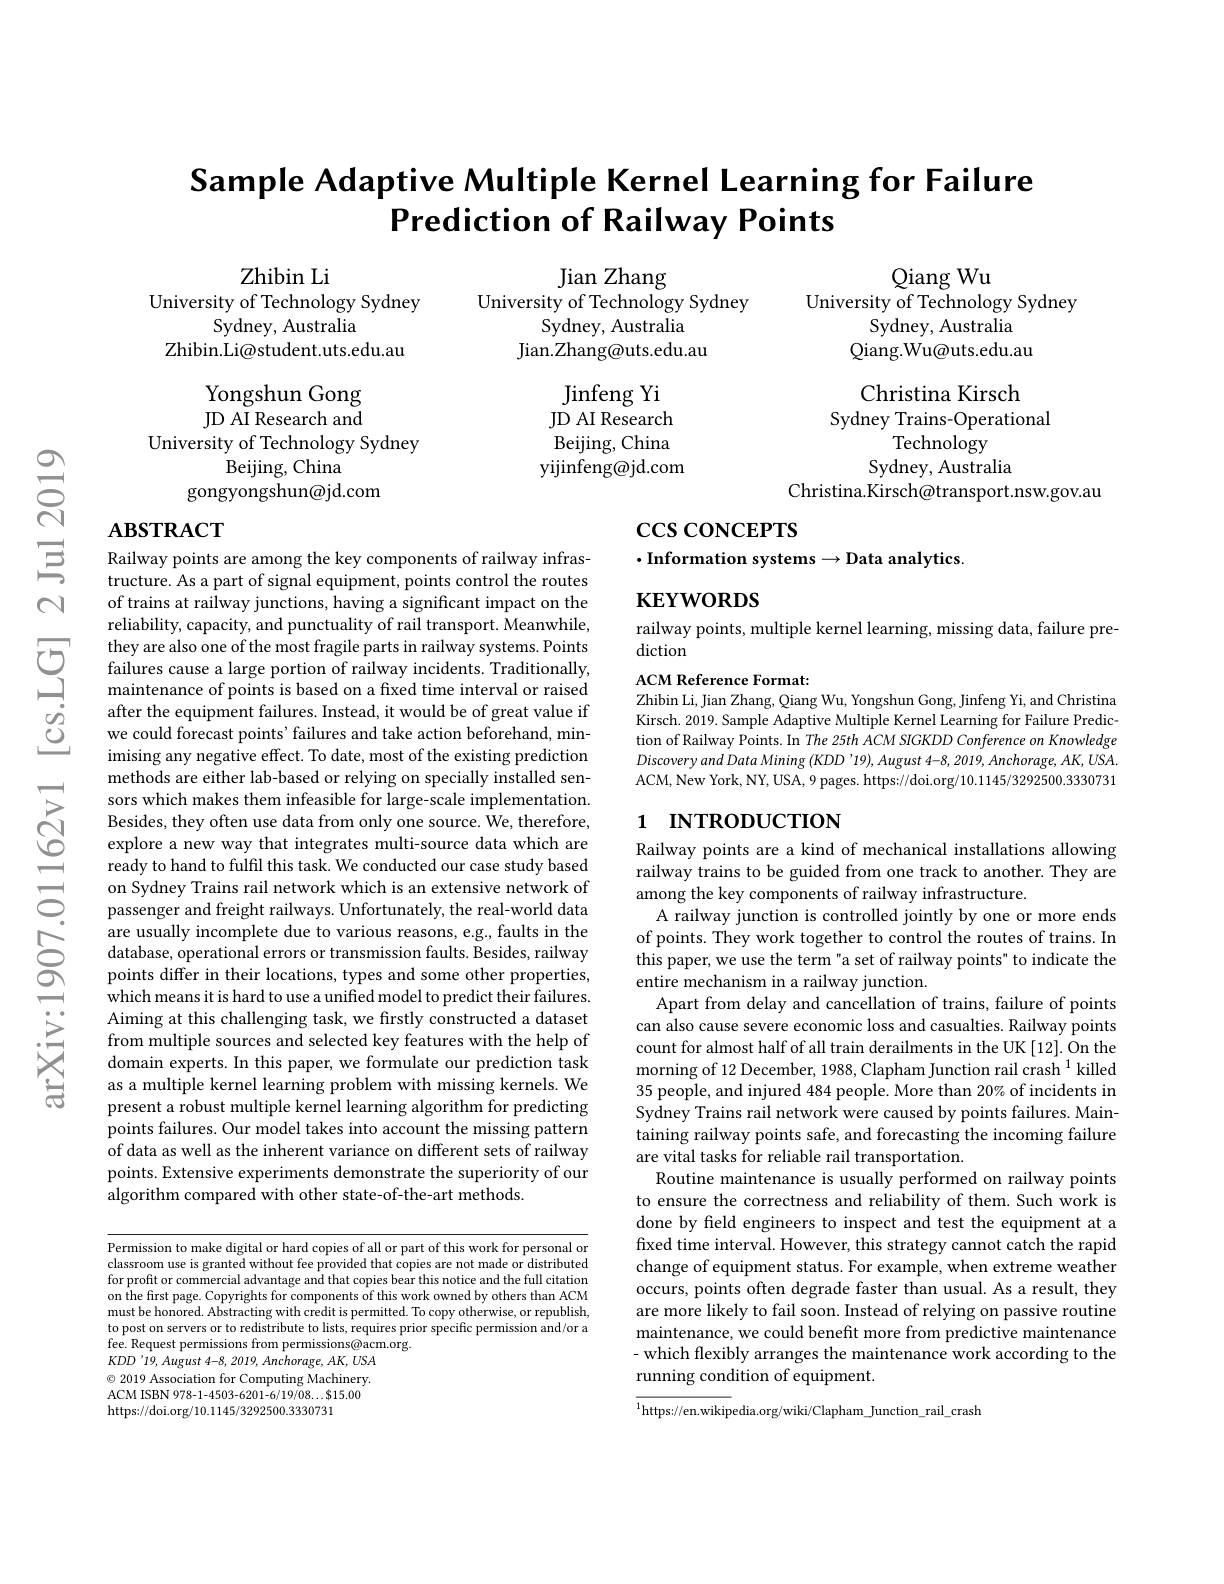
# Sample Adaptive Multiple Kernel Learning for Failure Prediction of Railway Points

${\mathrm{Qiang~Wu}}$

University of Technology Sydney

Zhibin Li
University of Technology Sydney
$Sydney$,Australia
Zhibin.Li@student.uts.edu.au

Jian Zhang
University of Technology Sydney
Sydney, Australia
Jian.Zhang@uts.edu.au

Sydney, Australia

Qiang.Wu@uts.edu.au

Christina Kirsch

Sydney Trains-Operational

Jinfeng Yi JD AI Research Beijing, China yijinfeng@jd.com

Technology

Yongshun Gong JD AI Research and
University of Technology Sydney
Beijing, China
gongyongshun@jd.com

Sydney, Australia

Christina.Kirsch@transport.nsw.gov.au

# $\mathbf{ABSTRACT}$

# $\csc\cos$coNCEPTS
$\cdot$Information systems$\to$Data analytics.

$\mathbf{KEYWORDS}$

railway points, multiple kernel learning, missing data, failure pre-
diction

ACM Reference Format:

Zhibin Li, Jian Zhang, Qiang Wu, Yongshun Gong, Jinfeng Yi, and Christina Kirsch. 2019. Sample Adaptive Multiple Kernel Learning for Failure Prediction of Railway Points. In The 25th ACM SIGKDD Conference on Knowledge Discoveryand Data Mining $(KDD’19),August$ 4-8, 2019, Anchorage, AK, USA. ACM, New York, NY, USA, 9 pages. https://doi.org/10.1145/3292500.3330731

## 1 INTRODUCTION

Railway points are among the key components of railway infrastructure. As a part of signal equipment, points control the routes of trains at railway junctions, having a significant impact on the reliability, capacity, and punctuality of rail transport. Meanwhile,
$\textcircled {5}$ they are also one of the most fragile parts in railway systems. Points$\sum_{\text{failures cause a large portion of railway incidents. Traditionally,}}$maintenance of points is based on a fxed time interval or raised
after the equipment failures. Instead, it would be of great value if we could forecast points' failures and take action beforehand, minimising any negative effect. To date, most of the existing prediction methods are either lab-based or relying on specially installed sensors which makes them infeasible for large-scale implementation. Besides, they often use data from only one source. We, therefore, explore a new way that integrates multi-source data which are ready to hand to fulfil this task. We conducted our case study based on Sydney Trains rail network which is an extensive network of passenger and freight railways. Unfortunately, the real-world data are usually incomplete due to various reasons, e.g., faults in the database, operational errors or transmission faults. Besides, railway points differ in their locations, types and some other properties, which means it is hard to use a unified model to predict their failures. Aiming at this challenging task, we firstly constructed a dataset from multiple sources and selected key features with the help of domain experts. In this paper, we formulate our prediction task as a multiple kernel learning problem with missing kernels. We present a robust multiple kernel learning algorithm for predicting points failures. Our model takes into account the missing pattern of data as well as the inherent variance on different sets of railway points. Extensive experiments demonstrate the superiority of our algorithm compared with other state-of-the-art methods.

Railway points are a kind of mechanical installations allowing railway trains to be guided from one track to another. They are among the key components of railway infrastructure.
A railway junction is controlled jointly by one or more ends of points. They work together to control the routes of trains. In this paper, we use the term"a set of railway points" to indicate the entire mechanism in a railway junction.
Apart from delay and cancellation of trains, failure of points can also cause severe economic loss and casualties. Railway points count for almost half of all train derailments in the UK [12]. On the morning of 12 December, 1988, Clapham Junction rail crash $^{1}$ killed 35 people, and injured 484 people. More than 20% of incidents in Sydney Trains rail network were caused by points failures. Maintaining railway points safe, and forecasting the incoming failure are vital tasks for reliable rail transportation.
Routine maintenance is usually performed on railway points to ensure the correctness and reliability of them. Such work is done by field engineers to inspect and test the equipment at a fixed time interval. However, this strategy cannot catch the rapid change of equipment status. For example, when extreme weather occurs, points often degrade faster than usual. As a result, they are more likely to fail soon. Instead of relying on passive routine maintenance, we could benefit more from predictive maintenance - which flexibly arranges the maintenance work according to the running condition of equipment.

Permission to make digital or hard copies of all or part of this work for personal or classroom use is granted without fee provided that copies are not made or distributed for profit or commercial advantage and that copies bear this notice and the full citation on the first page. Copyrights for components of this work owned by others than ACM must be honored. Abstracting with credit is permitted. To copy otherwise, or republish, to post on servers or to redistribute to lists, requires prior specific permission and/or a fee. Request permissions from permissions@acm.org.
$KDD'19,August~4-8,~2019,~Anchorage,~AK,~USA$ $\odot$ 2019 Association for Computing Machinery. ACM ISBN 978-1-4503-6201-6/19/08...$15.00 https://doi.org/10.1145/3292500.3330731

$^{1}$https://en.wikipedia.org/wiki/Clapham\_Junction\_rail\_crash